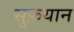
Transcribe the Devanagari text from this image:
सुफ़यान